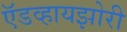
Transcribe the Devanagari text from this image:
ऍडव्हायझोरी